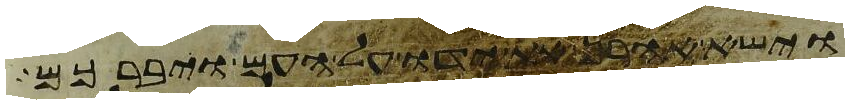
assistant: וישא אהרן את ידו על העם ויברכם